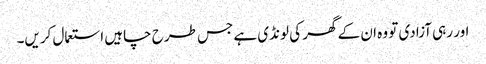
اور رہی آزادی تو وہ ان کے گھر کی لونڈی ہے جس طرح چاہیں استعمال کریں۔